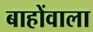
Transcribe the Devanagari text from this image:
बाहोंवाला